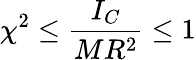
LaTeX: \chi^{2}\leq\frac{I_{C}}{MR^{2}}\leq 1